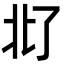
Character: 𪜜